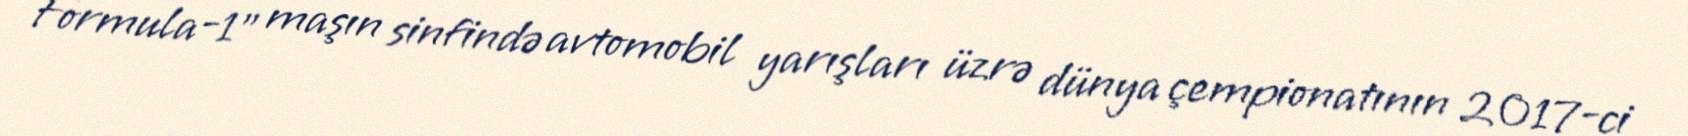
Formula-1" maşın sinfində avtomobil yarışları üzrə dünya çempionatının 2017-ci